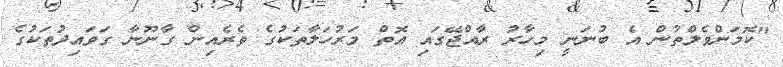
"ކޮމަންވެލްތުން އެ ބުނަނީ މިހާރު ރާއްޖޭގައި އޮތް މަރުހަލާތަކުގެ ތެރެއިން ގާނޫނާ ގަވައިދުތަކުގެ